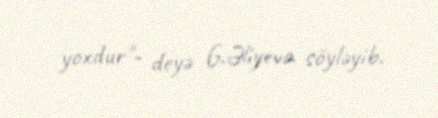
yoxdur"- deyə G.Əliyeva söyləyib.